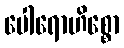
ပေါရောဟိစ္စော